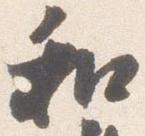
和